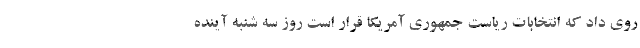
روی داد که انتخابات ریاست جمهوری آمریکا قرار است روز سه شنبه آینده